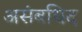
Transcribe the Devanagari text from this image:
असंबधिद